Bombay plague: being a history of the progress of plague in the Bombay presidency from September 1896 to June 1899
Year: 1896
Disease focus: Plague
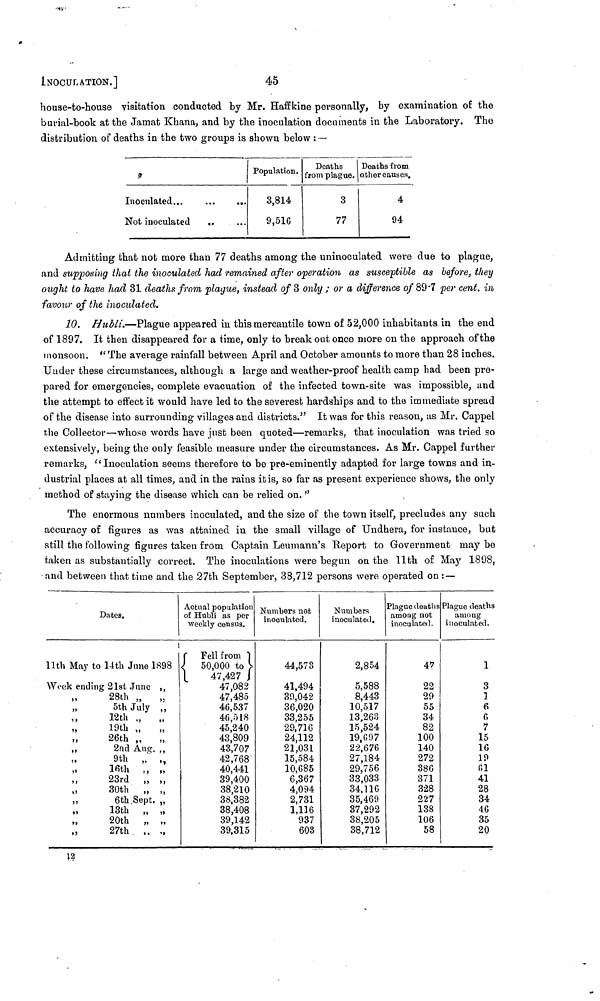
INOCULATION.]
45
house-to-house visitation conducted by Mr. Haffkine personally, by examination of the
burial-book at the Jamat Khana, and by the inoculation documents in the Laboratory. The
distribution of deaths in the two groups is shown below : —
Inoculated...
...
...
Not inoculated
..
Population.
3,814
9,516
Deaths
from plague.
3
77
Deaths from
other causes.
4
94
Admitting that not more than 77 deaths among the uninoculated were due to plague,
and supposing that the inoculated liad remained after operation as susceptible as before, they
ought to have had 31 deaths from plague, instead of 3 only ; or a difference of 89.7 per cent. in
favour of the inoculated.
10. Hubli.—Plague appeared in this mercantile town of 52,000 inhabitants in the end
of 1897. It then disappeared for a time, only to break out once more on the approach of the
monsoon. " The average rainfall between April and October amounts to more than 28 inches.
Under these circumstances, although a large and weather-proof health camp had been pre-
pared for emergencies, complete evacuation of the infected town-site was impossible, and
the attempt to effect it would have led to the severest hardships and to the immediate spread
of the disease into surrounding villages and districts." It was for this reason, as Mr. Cappel
the Collector—whose words have just been quoted—remarks, that inoculation was tried so
extensively, being the only feasible measure under the circumstances. As Mr. Cappel further
remarks, " Inoculation seems therefore to be pre-eminently adapted for large towns and in-
dustrial places at all times, and in the rains it is, so far as present experience shows, the only
method of staying the disease which can be relied on. "
The enormous numbers inoculated, and the size of the town itself, precludes any such
accuracy of figures as was attained in the small village of Undhera, for instance, but
still the following figures taken from Captain Leumann's Report to Government may be
taken as substantially correct. The inoculations were begun on the 11th of May 1898,
and between that time and the 27th September, 38,712 persons were operated on : —
Dates.
11th May to 14th June 1898
Week ending 21st June
28th „
,,
5th July
,,
12th „
19th „
26th „
,,
2nd Ang.
9th
16th
,
23rd
,
30th
,
,
6th. Sept.
13th
20th
,
27th .
Actual population
of Hubli as per
weekly census.
( Fell from )
(
50,000 to )
(
47,427 )
47,082
47,485
46,537
46,518
45,240
43,809
43,707
42,768
40,441
39,400
38,210
38,382
38,408
39,142
39,315
Numbers not
inoculated.
44,573
41,494
30,042
36,020
33,255
29,716
24,112
21,031
15,584
10,685
6,367
4,094
2,731
1,136
937
603
Numbers
inoculated.
2,854
5,588
8,443
10,517
13,263
15,524
19,097
22,676
27,184
29,756
33,033
34,116
35,469
37,292
38,205
38,712
Plague deaths
among not
inoculated.
47
22
29
55
34
82
100
140
272
380
371
328
227
138
106
58
Plague deaths
among
inoculated.
1
3
]
6
0
7
15
16
19
61
41
28
34
46
35
20
12